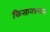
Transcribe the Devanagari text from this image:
किसानप्रधान